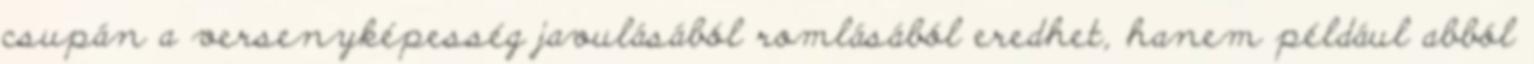
csupán a versenyképesség javulásából romlásából eredhet, hanem például abból